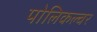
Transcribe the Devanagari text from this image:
पोलिकल्चर